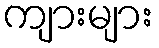
ကျားများ